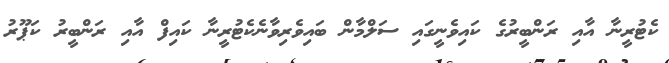
ކެޓުރީނާ އާއި ރަންބީރުގެ ކައިވެނީގައި ސަލްމާން ބައިވެރިވާނެކެޓުރީނާ ކައިފް އާއި ރަންބީރު ކަޕޫރު